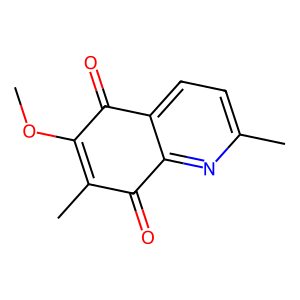
SMILES: COC1=C(C)C(=O)c2nc(C)ccc2C1=O
Inhibits HIV replication: No